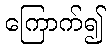
ကြောက်၍